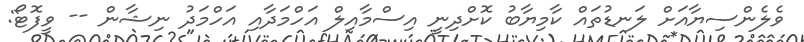
ވެލެންސިޔާއަށް ލަނޑުތައް ކާމިޔާބު ކޮށްދިނީ އިސްމާއިލް އަހްމަދާއި އަހްމަދު ނިޝާން -- ވީފޮޓޯ: